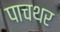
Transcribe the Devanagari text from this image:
पाचथर